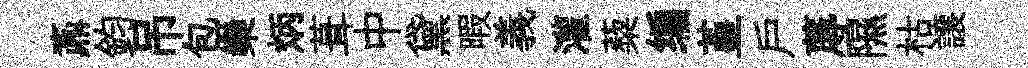
鼒鈞吊包欒炳葺中黛暇義灌蔾编堇戸蓐隰枯譲